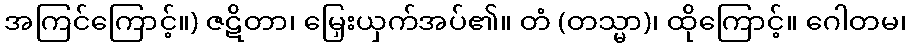
အကြင်ကြောင့်။) ဇဋိတာ၊ မြှေးယှက်အပ်၏။ တံ (တသ္မာ)၊ ထိုကြောင့်။ ဂေါတမ၊